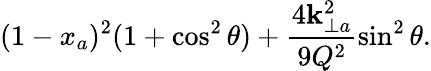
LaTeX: (1-x_{a})^{2}(1+\cos^{2}\theta)+\frac{4{\mathbf k}_{\perp a}^{2}}{9Q^{2}}\sin^{2}\theta.